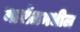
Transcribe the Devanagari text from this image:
मार्सेलमधील